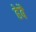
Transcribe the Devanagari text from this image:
हेबै